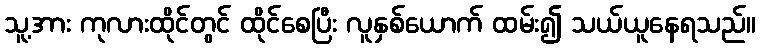
သူ့အား ကုလားထိုင်တွင် ထိုင်စေပြီး လူနှစ်ယောက် ထမ်း၍ သယ်ယူနေရသည်။